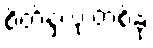
စိတ်နှလုံးတစ်ခု